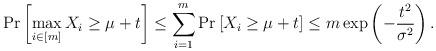
LaTeX: \begin{align*}\Pr\left[\max_{i\in[m]} X_i \geq \mu +t \right] \leq \sum_{i=1}^m \Pr\left[ X_i \geq \mu +t \right] \leq m \exp\left(-\frac{t^2}{\sigma^2}\right).\end{align*}